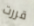
قررت